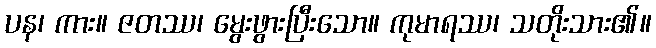
ပန၊ ကား။ ဇတဿ၊ မွေးဖွားပြီးသော။ ကုမာရဿ၊ သတိုးသား၏။